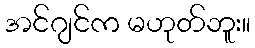
အင်ဂျင်က မဟုတ်ဘူး။